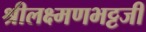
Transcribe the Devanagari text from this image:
श्रीलक्ष्मणभट्टजी